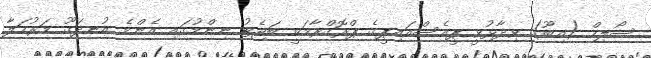
ސޯލިހް (އިބޫ) ވިދާޅުވީ ޕީއެސްއައިޕީގެ ޕްރޮގްރާމަކީ ބަޖެޓު ނިންމުގައި އެންމެ އުނދަގޫ މަރުހަލާ